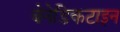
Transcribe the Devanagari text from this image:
बेनेडिकटाइन